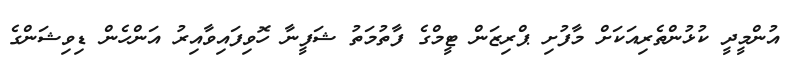
އުންމީދީ ކުޅުންތެރިއަކަށް މާފުށި ޕްރިޒަން ޓީމްގެ ފާތުމަތު ޝަފީނާ ހޮވިފައިވާއިރު އަންހެން ޑިވިޝަންގެ